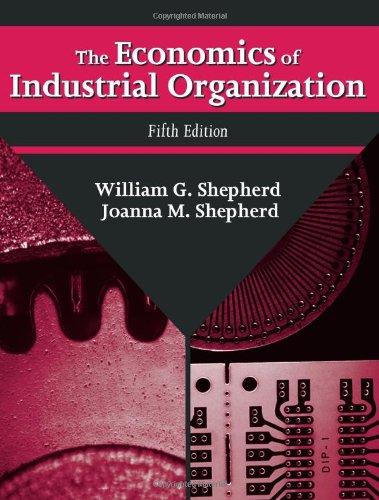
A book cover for The Economics of Industrial Organization; William G. Shepherd; Business & Money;